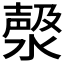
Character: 𣼘